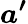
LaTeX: \boldsymbol{a^{\prime}}